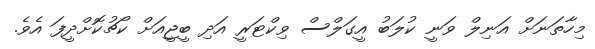
މިހާތަނަށް އަނިލް ވަނީ ކުލަބު އީގަލްސް ވިކްޓަރީ އަދި ބީޖީއަށް ކޯޗުކޮށްދީފަ އެވެ.